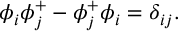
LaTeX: \phi _ { i } \phi _ { j } ^ { + } - \phi _ { j } ^ { + } \phi _ { i } = \delta _ { i j } .